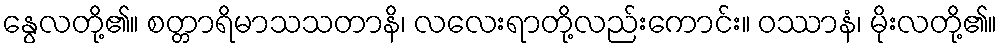
နွေလတို့၏။ စတ္တာရိမာသသတာနိ၊ လလေးရာတို့လည်းကောင်း။ ဝဿာနံ၊ မိုးလတို့၏။